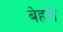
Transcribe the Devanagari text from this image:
बेहरी